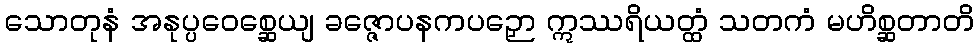
သောတုနံ အနုပ္ပဝေစ္ဆေယျ ခဇ္ဇောပနကပဉှော ဣဿရိယတ္ထံ သတကံ မဟိစ္ဆတာတိ